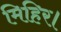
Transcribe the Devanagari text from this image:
मिहिर।